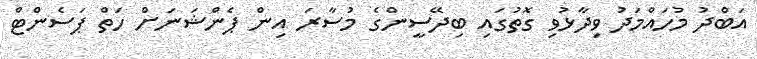
އަބްދު މުހައްމަދު ވިދާޅުވި ގޮތުގައި ބިދޭސީންގެ މުސާރަ އިން ޕެންޝަނަށް ހަތް ޕަސެންޓް